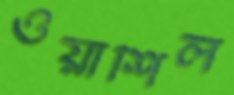
ওয়াশিল